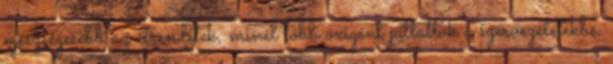
egészségesebb az étrendetek, minél több oxigént juttattok a szervezetetekbe,